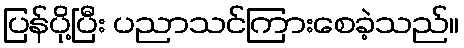
ပြန်ပို့ပြီး ပညာသင်ကြားစေခဲ့သည်။